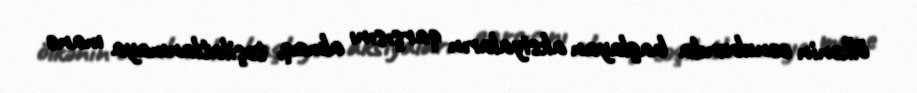
ölkənin cənubunda başlayan aksiyaların qarşısını almaq, təşilatlanmaya mane